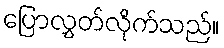
ပြောလွှတ်လိုက်သည်။